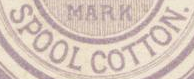
SPOOL COTTON